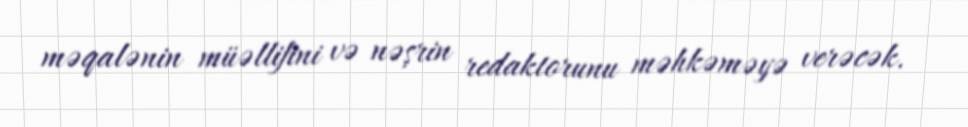
məqalənin müəllifini və nəşrin redaktorunu məhkəməyə verəcək.